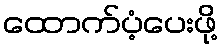
ထောက်ပံ့ပေးဖို့